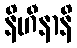
နိဟီနာနိ